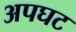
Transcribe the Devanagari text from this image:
अपघट